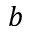
b